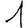
Digit: 1